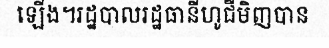
ឡើង។រដ្ឋបាលរដ្ឋធានីហូជីមិញបាន